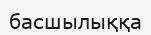
басшылыққа